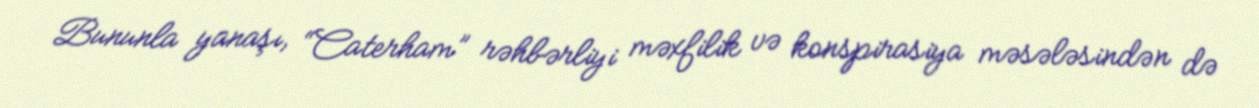
Bununla yanaşı, “Caterham” rəhbərliyi məxfilik və konspirasiya məsələsindən də